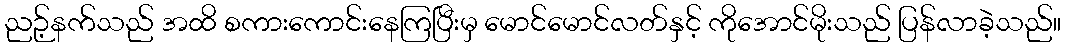
ညဉ့်နက်သည် အထိ စကားကောင်းနေကြပြီးမှ မောင်မောင်လတ်နှင့် ကိုအောင်မိုးသည် ပြန်လာခဲ့သည်။